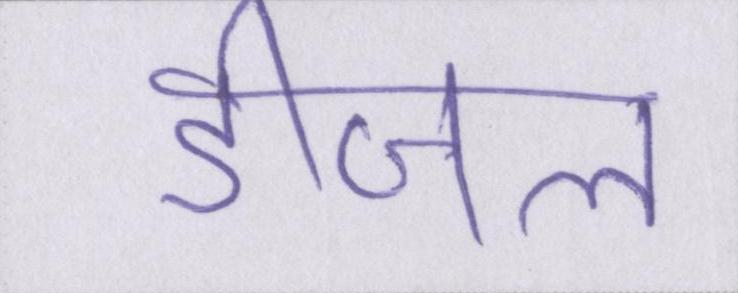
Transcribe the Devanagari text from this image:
डीजल